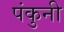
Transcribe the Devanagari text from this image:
पंकुनी